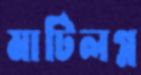
মাটিলগ্ন